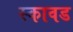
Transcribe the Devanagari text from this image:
स्कावड